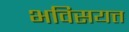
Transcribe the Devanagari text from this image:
भविसयत्त